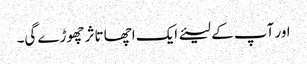
اور آپ کے لیئے ایک اچھا تاثر چھوڑے گی۔